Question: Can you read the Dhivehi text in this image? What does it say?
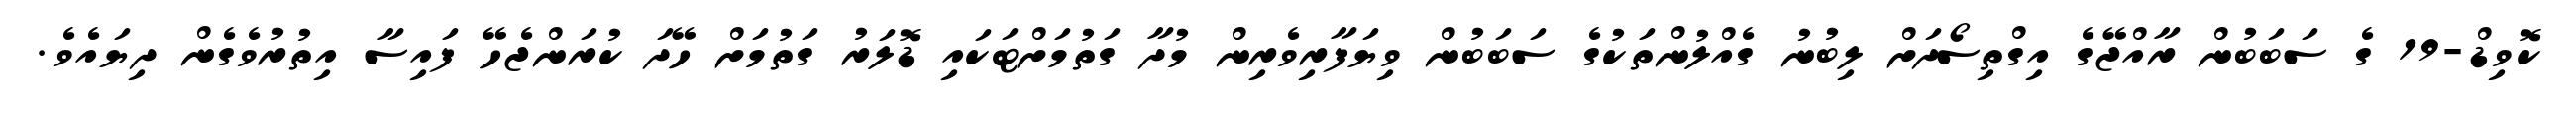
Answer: ކޮވިޑް-19 ގެ ސަބަބުން ރާއްޖޭގެ އިގްތިސޯދަށް ލިބުނު ގެއްލުންތަކުގެ ސަބަބުން ވިޔަފާރިވެރިން މުދާ ގަތުމަށްޓަކައި ޑޮލަރު ގަތުމަށް ހޭދަ ކުރަންޖެހޭ ފައިސާ އިތުރުވެގެން ދިޔައެވެ.